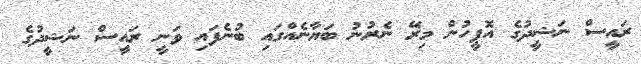
ރައީސް ނަޝީދުގެ އޮފީހުން މިރޭ ނެރުނު ބަޔާނެއްގައި ބުނެފައި ވަނީ ރައީސް ނަޝީދުގެ